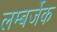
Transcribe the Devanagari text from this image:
लम्बर्जेक